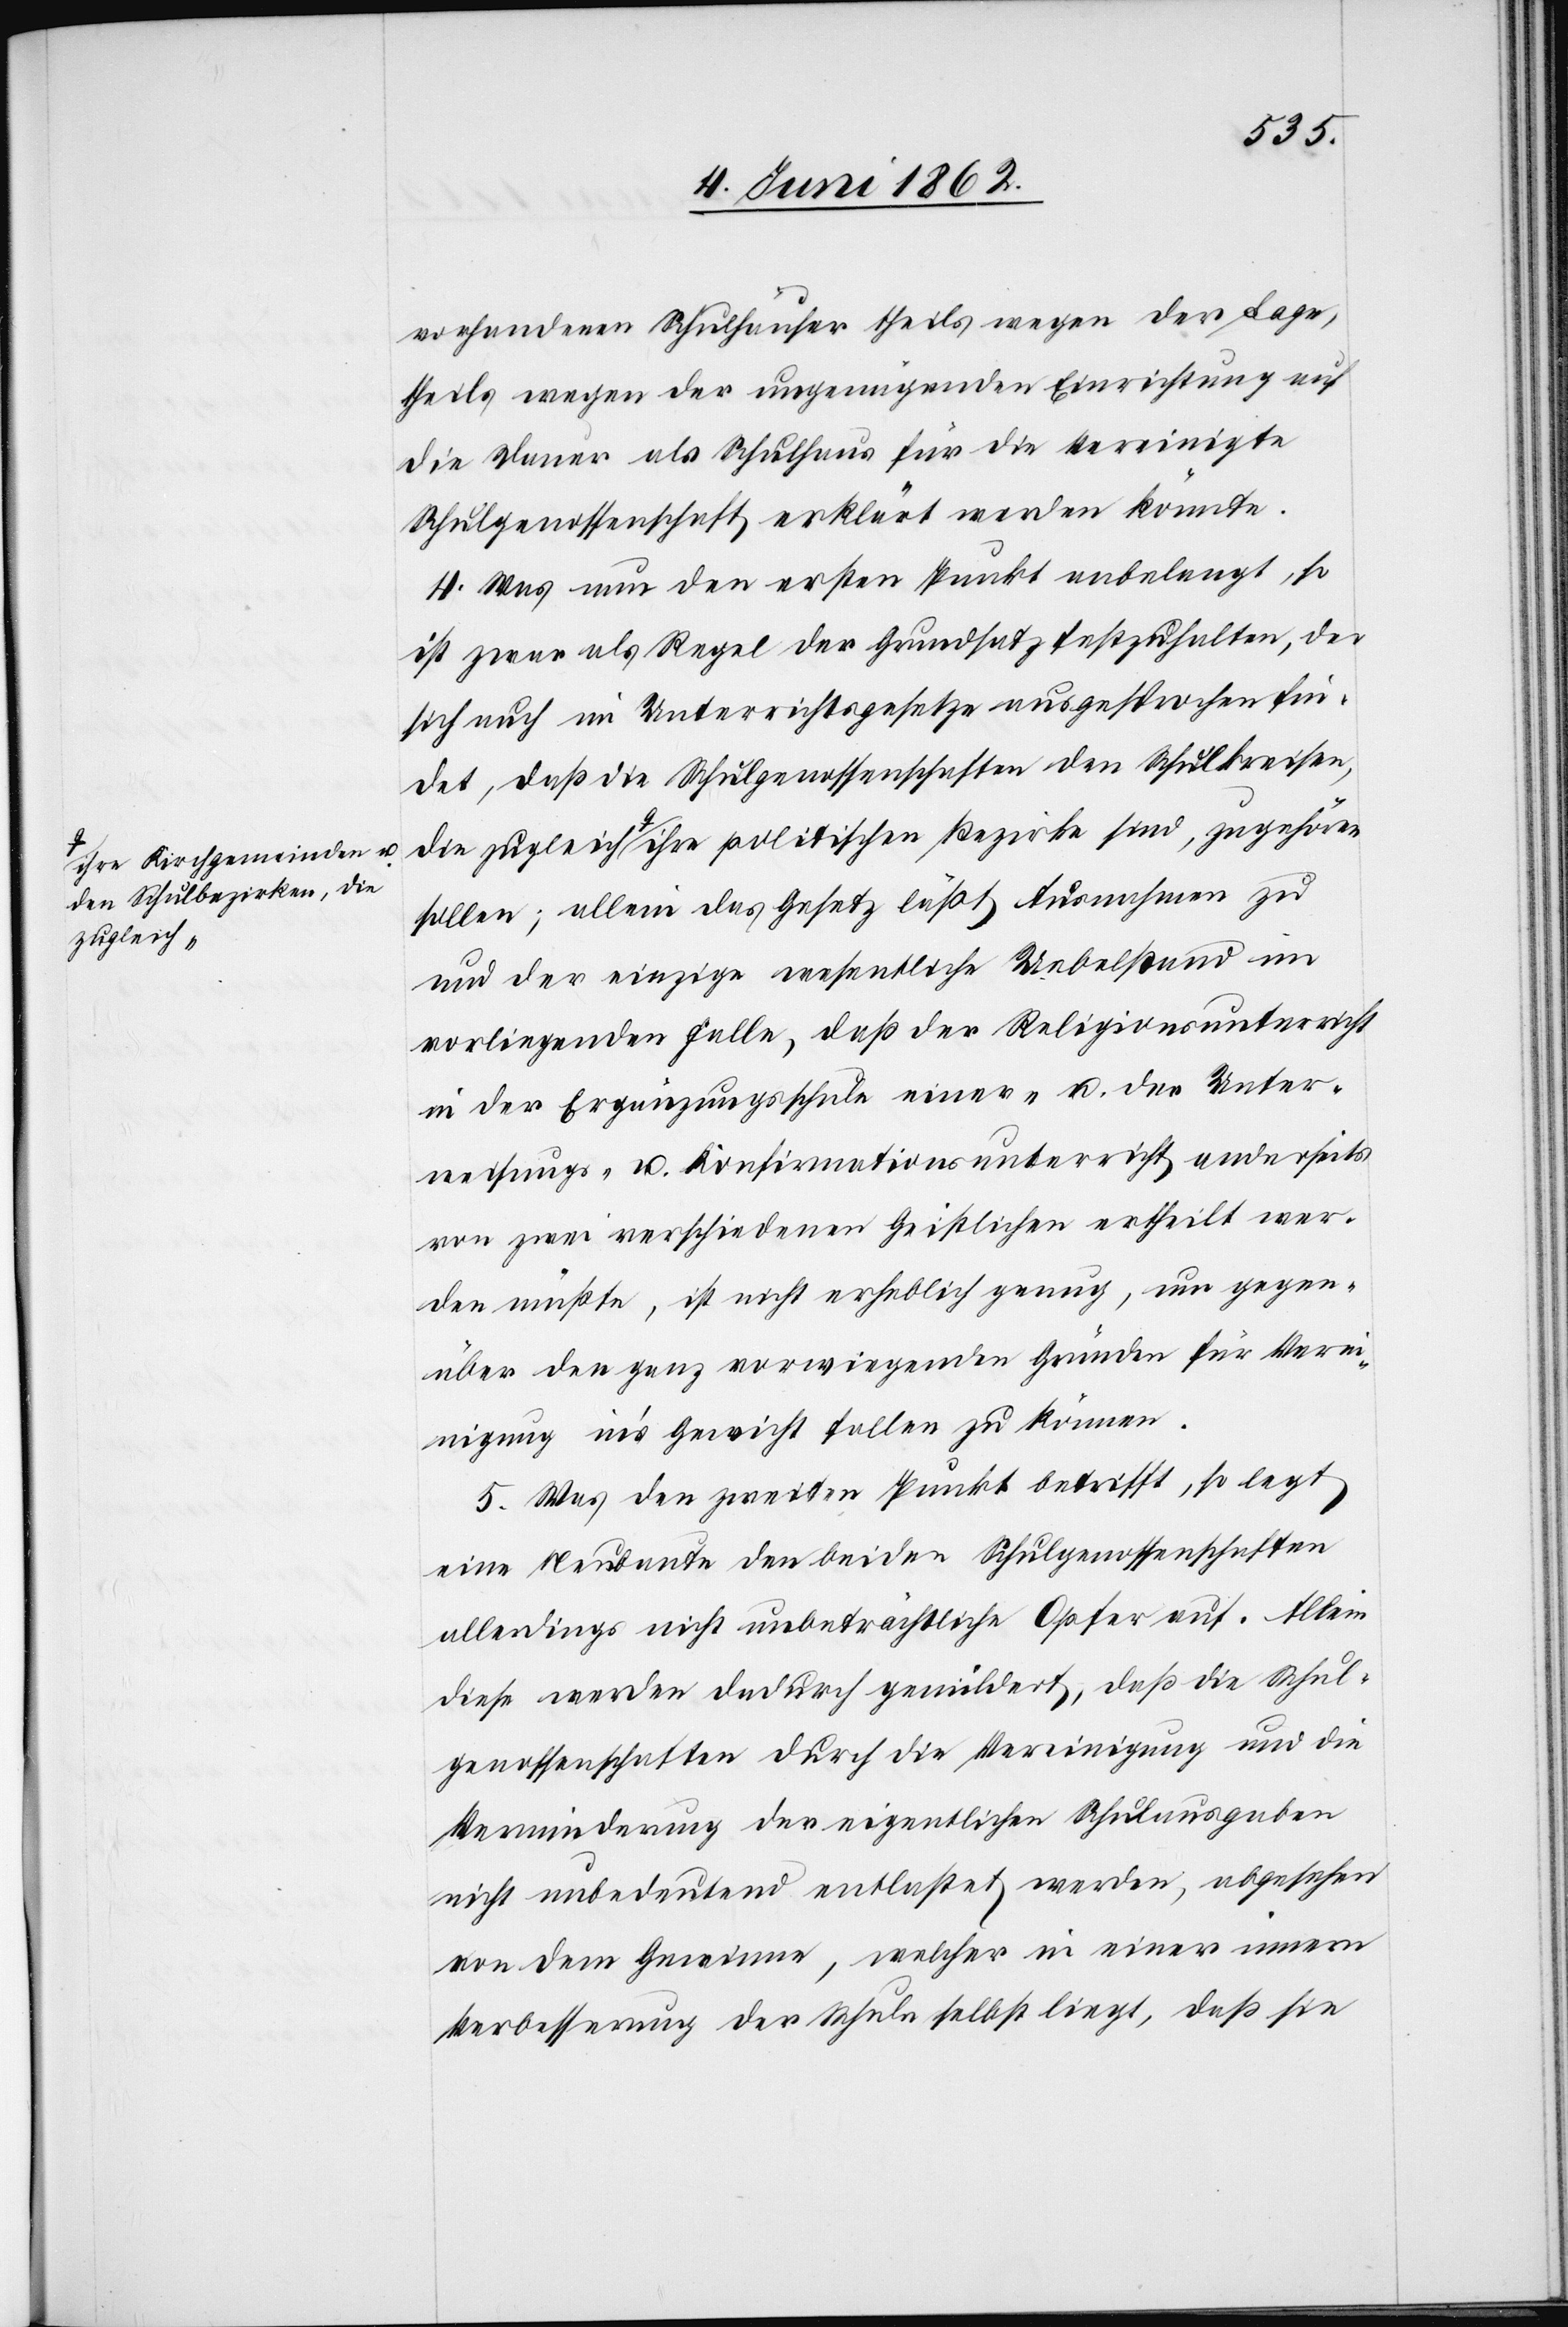
a-ihre Kirchgemeinden u.
den Schulbezirken, di¬
zugleich

vorhandenen Schulhäuser theils wegen der Lage,
theils wegen der ungenügenden Einrichtung auf
die Dauer als Schulhaus für die Vereinigte
Schulgenossenschaft erklärt werden könnte.
4. Was nun den ersten Punkt anbelangt, so
ist zwar als Regel der Grundsatz festzuhalten, der
sich auch im Unterrichtsgesetze ausgesprochen fin¬
det, daß die Schulgenossenschaften den Schulkreisen,
e zugleich-a ihre politischen Bezirke sind, zugehören
sollen; allein das Gesetz läßt Ausnahmen zu
und der einzige wesentliche Uebelstand im
vorliegenden Falle, daß der Religionsunterricht
in der Ergänzungsschule einer- u. die Unter¬
weisungs- u. Konfirmationsunterricht anderseits
von zwei verschiedenen Geistlichen ertheilt wer¬
den müßte, ist nicht erheblich genug, um gegen¬
über den ganz vorwiegenden Gründen für Verei¬
nigung in’s Gewicht fallen zu können.
5. Was den zweiten Punkt betrifft, so legt
eine Neubaute den beiden Schulgenossenschaften
allerdings nicht unbeträchtliche Opfer auf. Allein
diese werden dadurch gemildert, daß die Schul¬
genossenschaften durch die Vereinigung und die
Verminderung der eigentlichen Schulausgaben
nicht unbedeutend entlastet werden, abgesehen
von dem Gewinne, welcher in einer innern
Verbesserung der Schule selbst liegt, daß sie